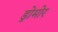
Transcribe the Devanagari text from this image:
ड्रोमोर